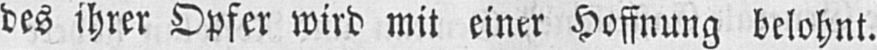
des ihrer Opfer wird mit einer Hoffnung belohnt.